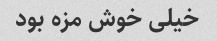
خیلى خوش مزه بود